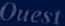
Ouest